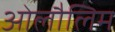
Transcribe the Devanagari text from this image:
ओलौलिम